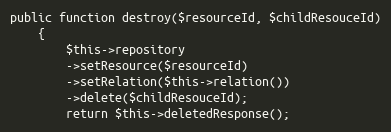
Language: PHP
public function destroy($resourceId, $childResouceId)
    {
        $this->repository
        ->setResource($resourceId)
        ->setRelation($this->relation())
        ->delete($childResouceId);
        return $this->deletedResponse();